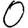
Digit: 0